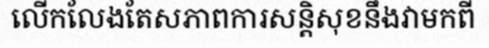
លើកលែងតែសភាពការសន្តិសុខនឹងវាមកពី